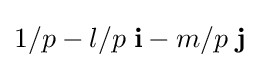
1/p-l/p\;\mathbf {i} -m/p\;\mathbf {j}